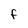
Character: f